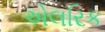
એલરિક